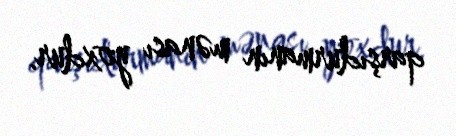
qarşıdurmanın mənası yoxdur.